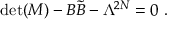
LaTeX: \operatorname * { d e t } ( M ) - B { \tilde { B } } - \Lambda ^ { 2 N } = 0 ~ .